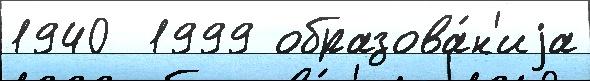
1940  1999 образова́н'иjа